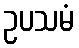
ဥပသမံ